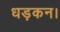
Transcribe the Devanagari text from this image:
धड़कन।